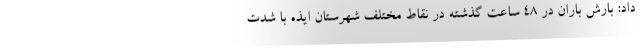
داد: بارش باران در ۴۸ ساعت گذشته در نقاط مختلف شهرستان ایذه با شدت